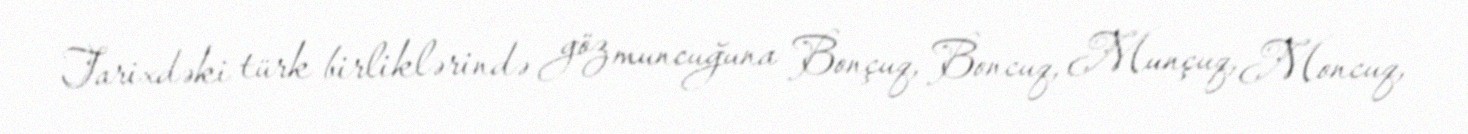
Tarixdəki türk birliklərində göz muncuğuna Bonçuq, Boncuq, Munçuq, Moncuq,